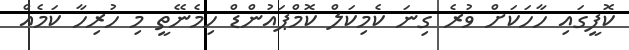
ކޮފީގައި ހާހަކަށް ވުރެ ގިނަ ކެމިކަލް ކޮމްޕައުންޑް ހިމެނޭތީ މި ހުރިހާ ކަމެއް